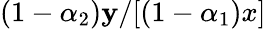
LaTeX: (1-\alpha_{2})\mathbf{y}/[(1-\alpha_{1})x]